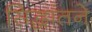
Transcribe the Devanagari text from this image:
सिद्धांतने